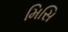
મિસિ